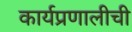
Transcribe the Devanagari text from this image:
कार्यप्रणालीची